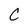
Character: C